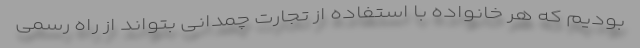
بودیم که هر خانواده با استفاده از تجارت چمدانی بتواند از راه رسمی